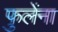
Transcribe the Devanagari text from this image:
फुलेंना